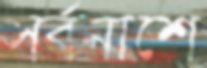
সর্বনাশে